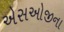
એસઓજીના